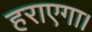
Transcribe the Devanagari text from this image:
हराएगा।